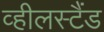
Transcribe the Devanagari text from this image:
व्हीलस्टैंड